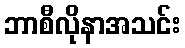
ဘာစီလိုနာအသင်း